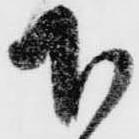
下